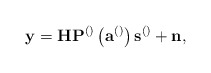
\begin{align*}\mathbf{y}=\mathbf{H}\mathbf{P}^{\left(\right)}\left(\mathbf{a}^{\left(\right)}\right)\mathbf{s}^{\left(\right)}+\mathbf{n}, \end{align*}